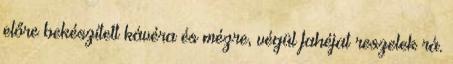
előre bekészített kávéra és mézre, végül fahéjat reszelek rá.